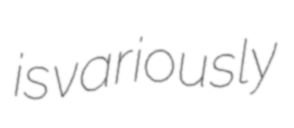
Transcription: is variously